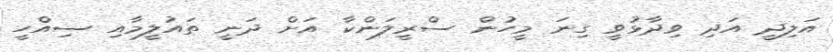
އަލިދީ އަދި ވިދާޅުވީ ގިނަ މީހުން ސްރީލަންކާ އަށް ދަނީ ތައުލީމާއި ސިއްހީ